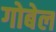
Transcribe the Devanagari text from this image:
गोबेल